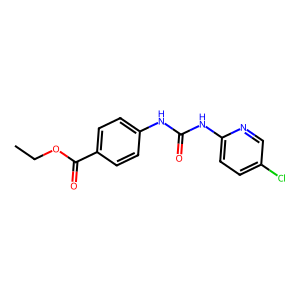
SMILES: CCOC(=O)c1ccc(NC(=O)Nc2ccc(Cl)cn2)cc1
Inhibits HIV replication: No